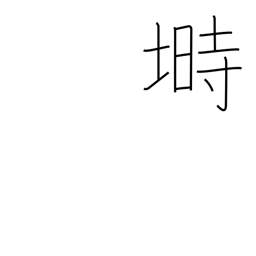
Meaning: hen coop